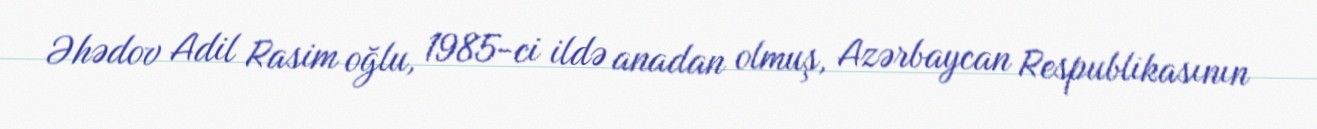
Əhədov Adil Rasim oğlu, 1985-ci ildə anadan olmuş, Azərbaycan Respublikasının